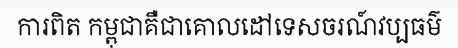
ការពិត កម្ពុជាគឺជាគោលដៅទេសចរណ៍វប្បធម៌